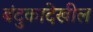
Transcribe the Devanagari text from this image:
बंदुकादेखील